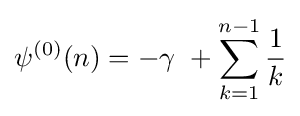
\psi ^{(0)}(n)=-\gamma \ +\sum _{k=1}^{n-1}{\frac {1}{k}}